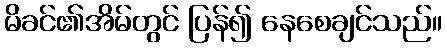
မိခင်၏အိမ်တွင် ပြန်၍ နေစေချင်သည်။